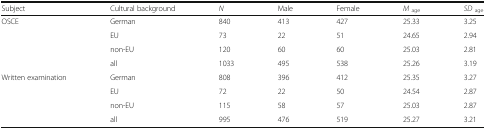
<table><thead><tr><td><b>Subject</b></td><td><b>Cultural background</b></td><td><b><i>N</i></b></td><td><b>Male</b></td><td><b>Female</b></td><td><b><i>M</i><sub>age</sub></b></td><td><b><i>SD</i><sub>age</sub></b></td></tr></thead><tbody><tr><td rowspan="4">OSCE</td><td>German</td><td>840</td><td>413</td><td>427</td><td>25.33</td><td>3.25</td></tr><tr><td>EU</td><td>73</td><td>22</td><td>51</td><td>24.65</td><td>2.94</td></tr><tr><td>non-EU</td><td>120</td><td>60</td><td>60</td><td>25.03</td><td>2.81</td></tr><tr><td>all</td><td>1033</td><td>495</td><td>538</td><td>25.26</td><td>3.19</td></tr><tr><td rowspan="4">Written examination</td><td>German</td><td>808</td><td>396</td><td>412</td><td>25.35</td><td>3.27</td></tr><tr><td>EU</td><td>72</td><td>22</td><td>50</td><td>24.54</td><td>2.87</td></tr><tr><td>non-EU</td><td>115</td><td>58</td><td>57</td><td>25.03</td><td>2.87</td></tr><tr><td>all</td><td>995</td><td>476</td><td>519</td><td>25.27</td><td>3.21</td></tr></tbody></table>